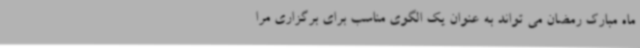
ماه مبارک رمضان می تواند به عنوان یک الگوی مناسب برای برگزاری مرا